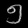
Digit: ၅